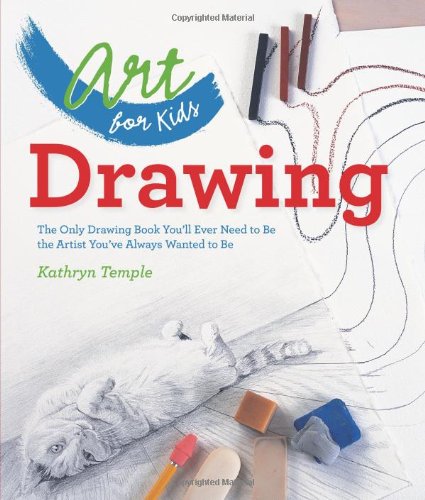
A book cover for Art for Kids: Drawing: The Only Drawing Book You'll Ever Need to Be the Artist You've Always Wanted to Be; Kathryn Temple; Arts & Photography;